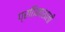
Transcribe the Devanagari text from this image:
प्रतिमाशाली